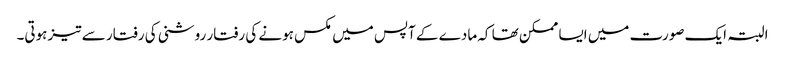
البتہ ایک صورت میں ایسا ممکن تھا کہ مادے کے آپس میں مکس ہونے کی رفتار روشنی کی رفتار سے تیز ہوتی۔